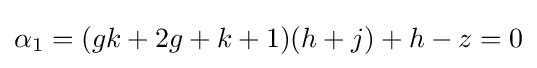
\alpha _{1}=(gk+2g+k+1)(h+j)+h-z=0